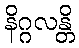
နိဂ္ဂလန္တိ